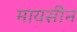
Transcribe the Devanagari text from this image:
मायसीन